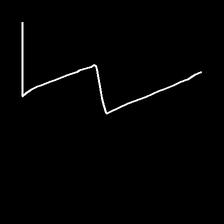
Glyph: crush